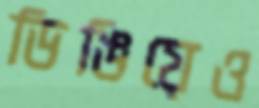
ডিঙিয়েও